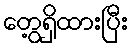
တွေ့ရှိထားပြီး